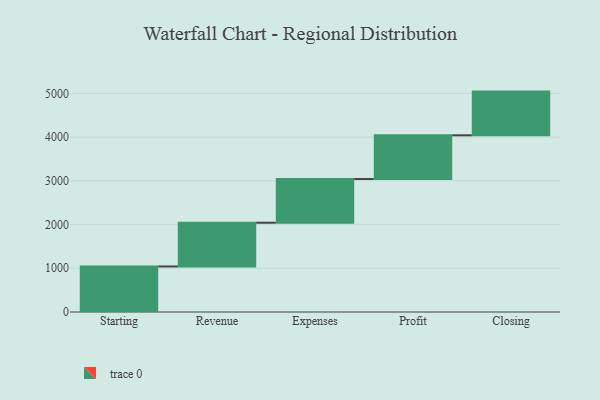
{"axis": {"x": "Step", "y": "Value"}, "legend": [""], "data": [{"x": "Starting", "y": 1042.0, "type": ""}, {"x": "Revenue", "y": 1000, "type": ""}, {"x": "Expenses", "y": 1000, "type": ""}, {"x": "Profit", "y": 1000, "type": ""}, {"x": "Closing", "y": 1000, "type": ""}]}